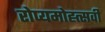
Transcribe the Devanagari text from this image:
रोप्यमोह्त्सवी